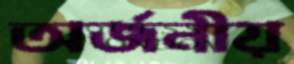
অর্জনীয়